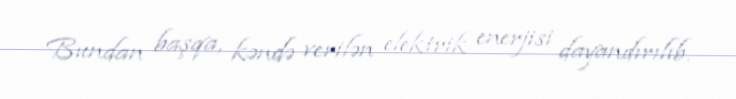
Bundan başqa, kəndə verilən elektrik enerjisi dayandırılıb.